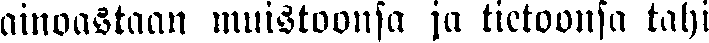
ainoastaan muistoonsa ja tietoonsa tahi